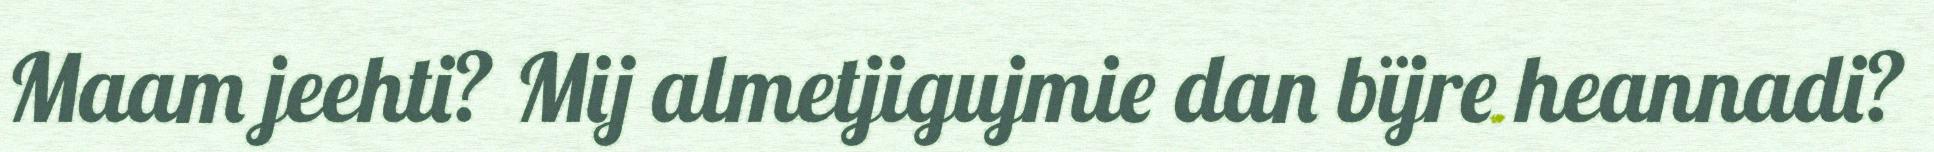
Maam jeehti? Mij almetjigujmie dan bïjre heannadi?